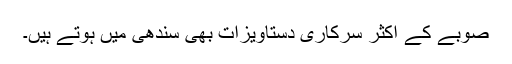
صوبے کے اکثر سرکاری دستاویزات بھی سندھی میں ہوتے ہیں۔